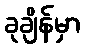
ခုချိန်မှာ